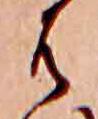
は